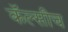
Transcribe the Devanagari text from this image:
कॅल्सीच